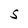
Character: S